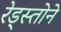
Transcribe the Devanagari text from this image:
रेड्स्तोने